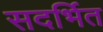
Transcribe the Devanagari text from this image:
सदर्भित